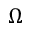
\Omega